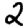
Digit: 2